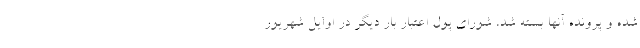
شده و پرونده آنها بسته شد، شورای پول اعتبار بار دیگر در اوایل شهریور